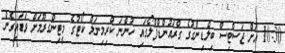
10:30 އަށް ޖަސްޓިސް ބިލްޑިންގުގެ ގްރައުންޑްފްލޯގައި ހުންނަ ކްރިމިނަލް ކޯޓުގެ މީޓިންގރޫމަށް ވަޑައިގެން